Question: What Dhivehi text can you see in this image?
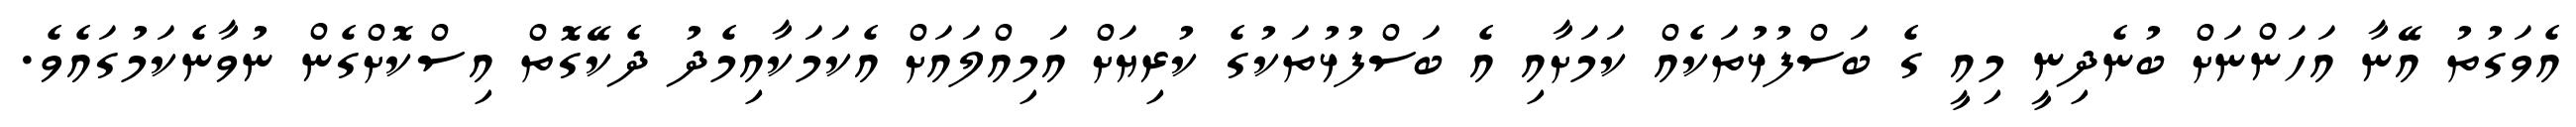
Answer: އެވަގުތު އޭނާ އަހަންނަށް ބުނެދިނީ މިއީ ގެ ބަސްފުޅުތަކެއް ކަމަށާއި އެ ބަސްފުޅުތަކުގެ ކުރިޔަށް އަމިއްލައަށް އެކަމަކާއިމެދު ދެކޭގޮތް އިސްކޮށްގެން ނުވާނެކަމުގައެވެ.